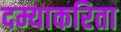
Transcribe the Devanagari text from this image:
दम्याकरिता